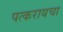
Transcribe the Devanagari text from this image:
पत्करायचा